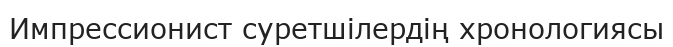
Импрессионист суретшілердің хронологиясы